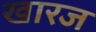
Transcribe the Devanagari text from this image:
खारज